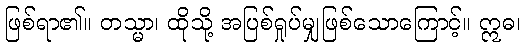
ဖြစ်ရာ၏။ တသ္မာ၊ ထိုသို့ အပြစ်ရှုပ်မျှဖြစ်သောကြောင့်။ ဣဓ၊